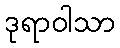
ဒုရာဝါသာ